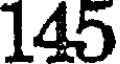
145